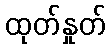
ထုတ်နှုတ်